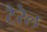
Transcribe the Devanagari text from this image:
टैरेल